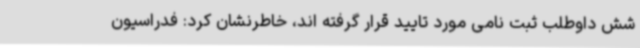
شش داوطلب ثبت نامی مورد تایید قرار گرفته اند، خاطرنشان کرد: فدراسیون